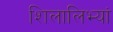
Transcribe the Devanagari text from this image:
शिलालिभ्यां